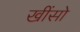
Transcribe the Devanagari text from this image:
खींसो